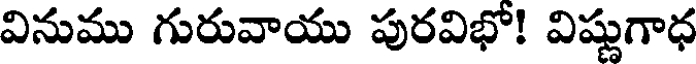
వినుము గురువాయు పురవిభో! విష్ణుగాధ